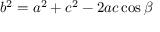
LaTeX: b ^ { 2 } = a ^ { 2 } + c ^ { 2 } - 2 a c \cos \beta